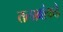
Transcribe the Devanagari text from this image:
तलावांकडे